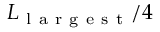
L _ { \mathrm { ~ l ~ a ~ r ~ g ~ e ~ s ~ t ~ } } / 4